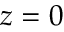
z = 0